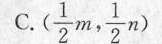
C.(\frac{1}{2}m, \frac{1}{2}n)